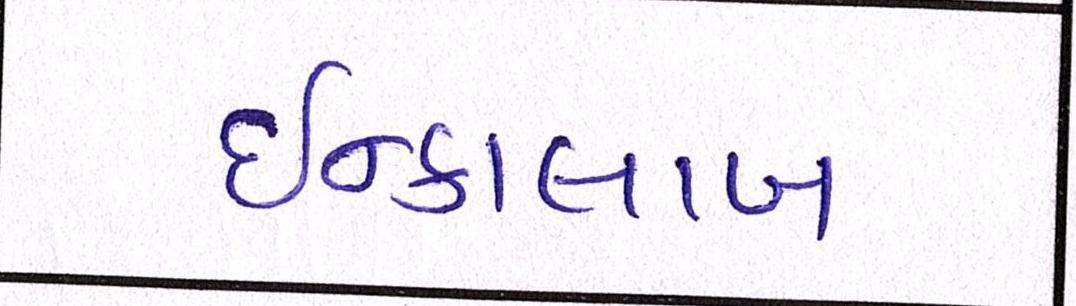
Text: ઇન્કાલાબ